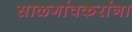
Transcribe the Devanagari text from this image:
साळगांवकरांना